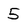
Character: 5